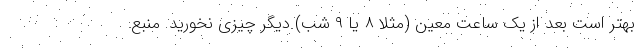
بهتر است بعد از یک ساعت معین (مثلا ۸ یا ۹ شب) دیگر چیزی نخورید. منبع: